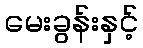
မေးခွန်းနှင့်